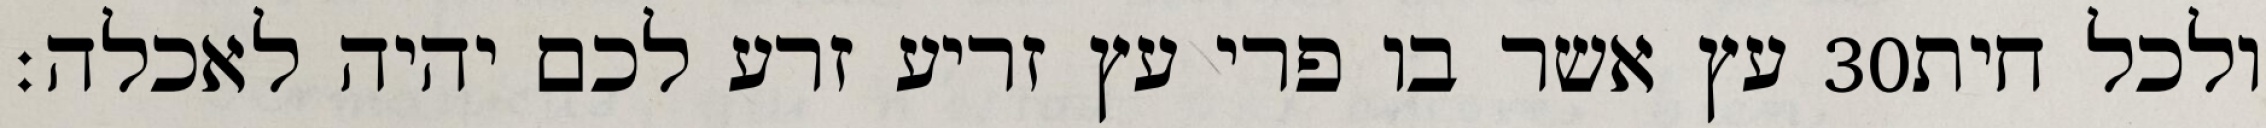
עץ אשר בו פרי עץ זריע זרע לכם יהיה לאכלה׃ ‎30‏ ולכל חית